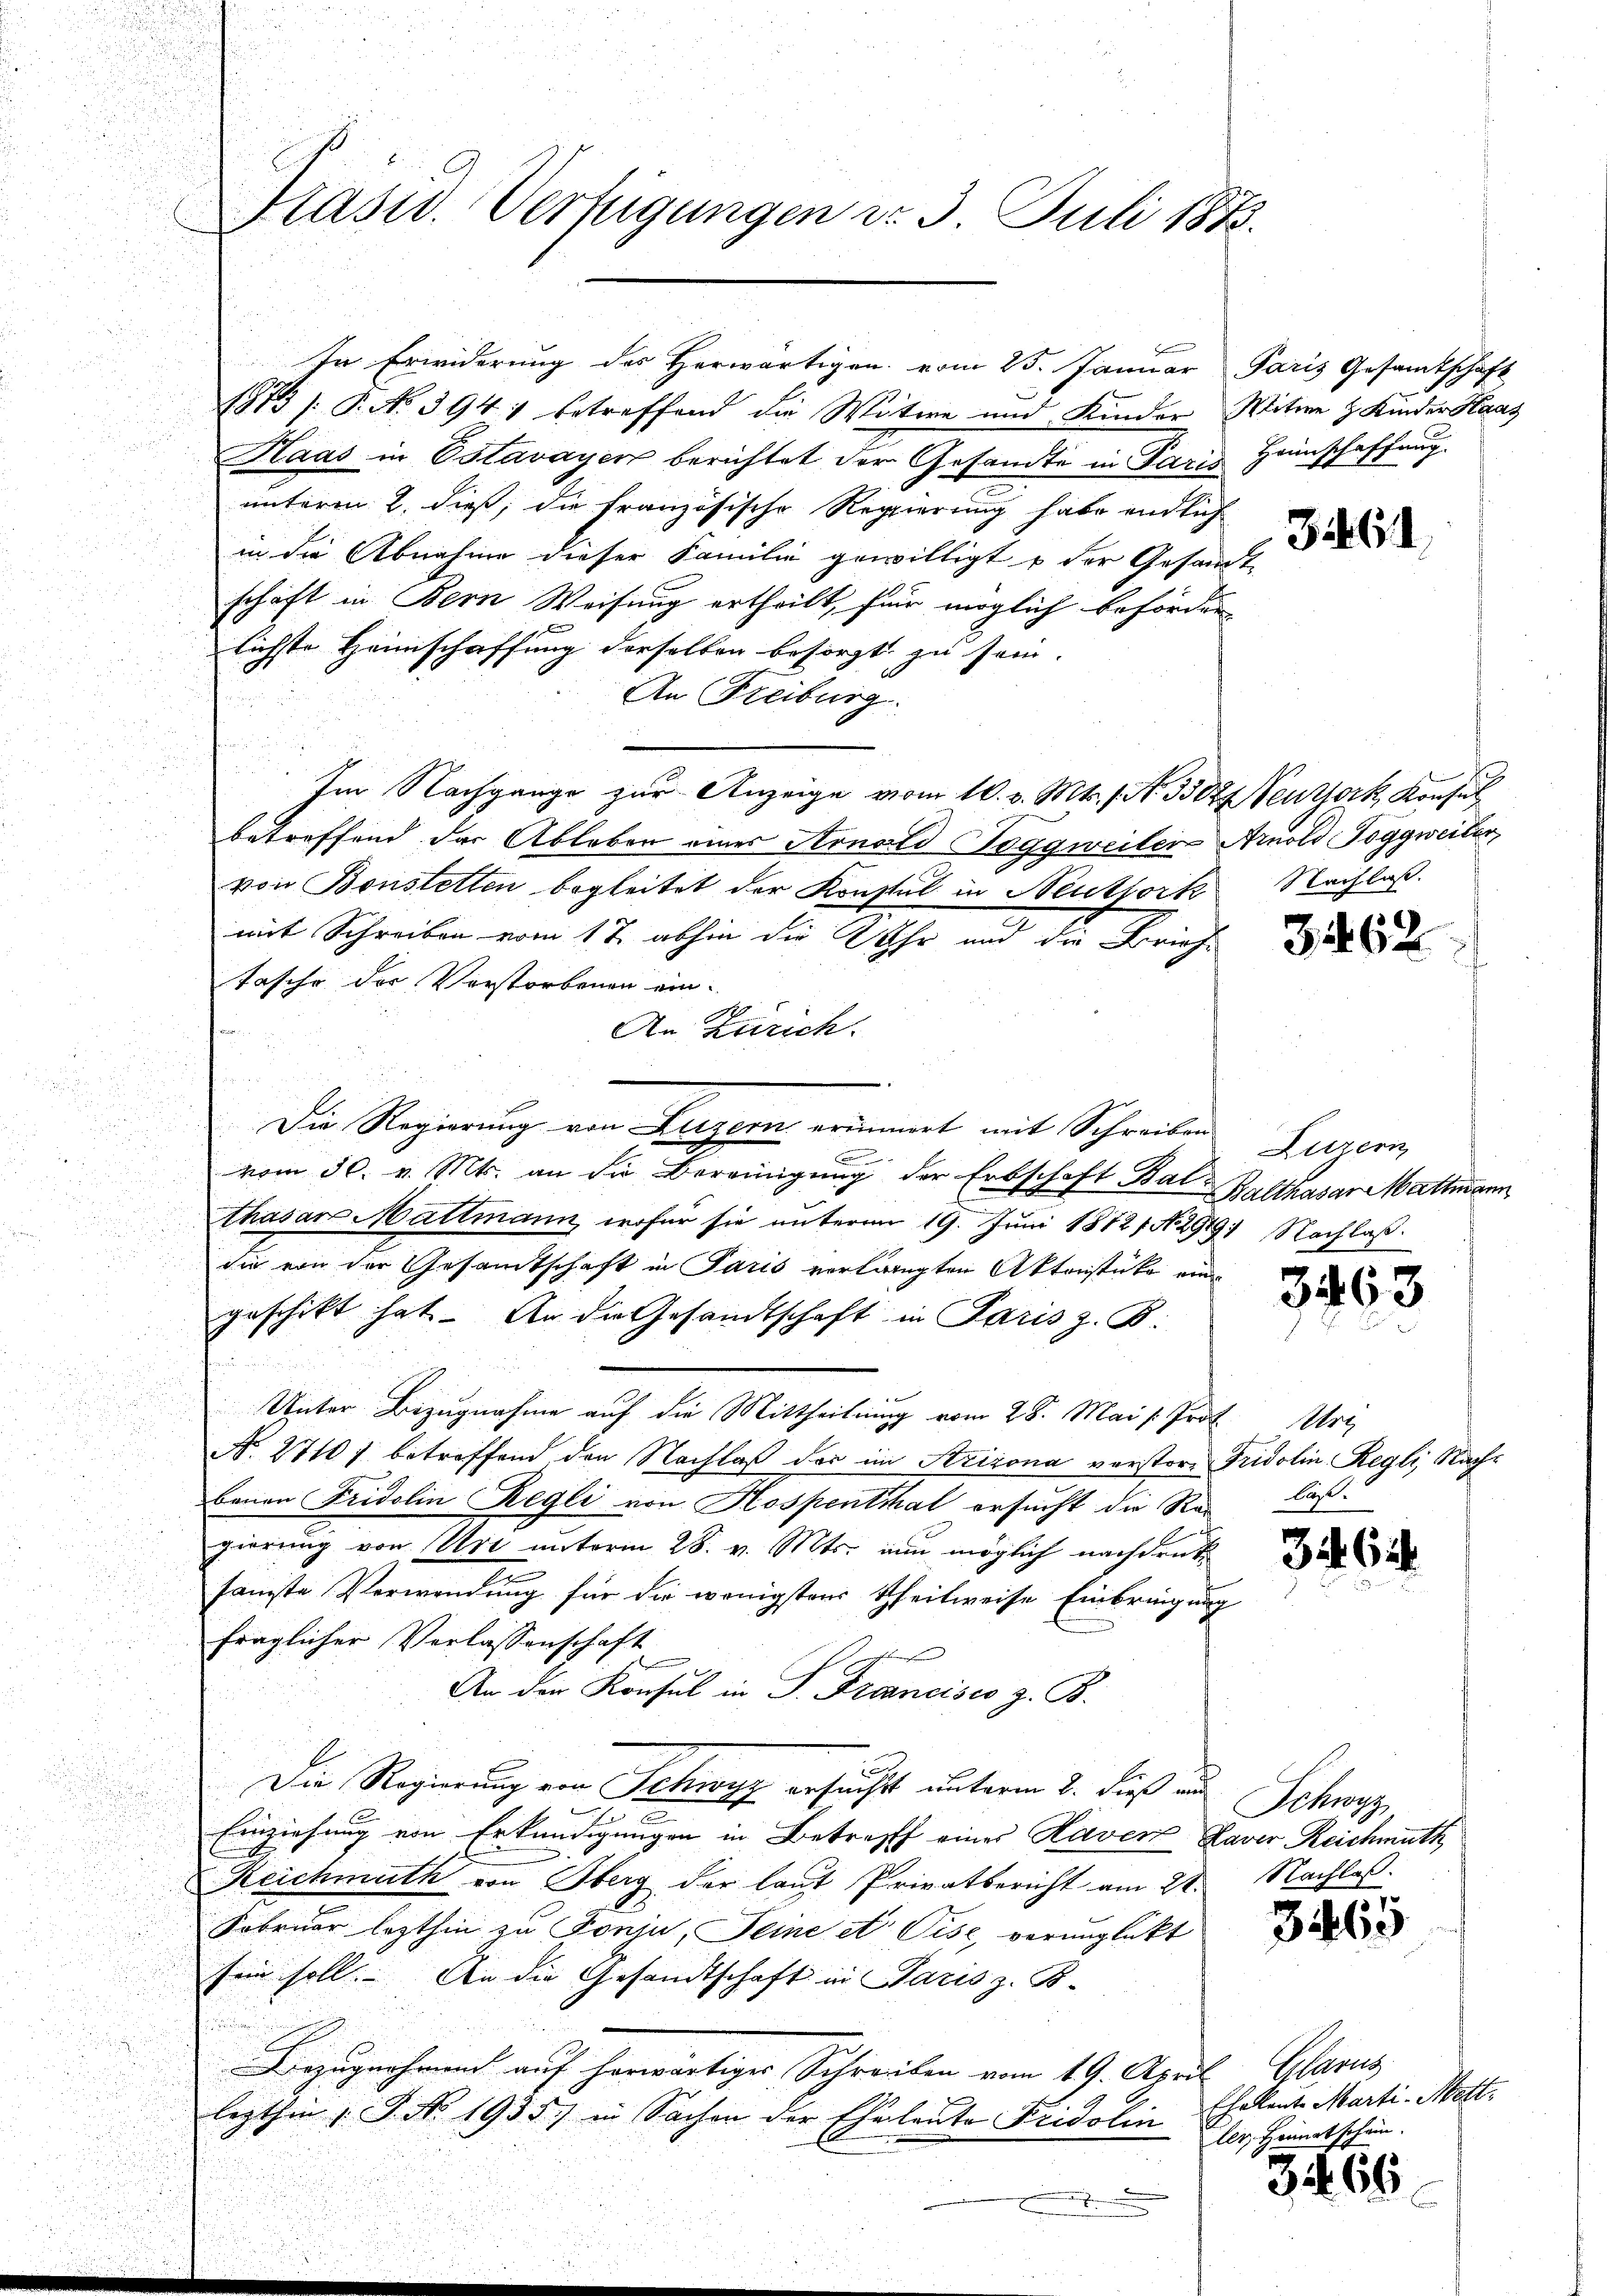
Präsid. Verfügungen d. 3. Juli 1873.

In Erwiderung des Herwärtigen vom 25. Januar Paris Gesamtschaft

1875 /: P. No 3941 betreffend die Witwe und Kinder Witwe z. Kinder Haas
Haas in Estavayer berichtet der Gesandte in Paris
unterm 2. dieß, die französische Regierung habe endlich
in die Abnahme dieser Familie gewilligt u der Gesamm-
schaft in Bern Weisung ertheilt, für möglich beförder
lichste Heimschaffung derselben besorgt zu sein.
An Freiburg.
Im Nachgange zur Anzeige vom 10. v. Mts., No. 53028 Veuzork, Konsul
betreffend der Ableben eines Arnold Toggweiten Arnold Toggweiter
von Bonstetten begleitet der Konstal in Neuttork, Nachlaß
mit Schreiben vom 17. abhin die Uhr und die Briefe
Tasche der Verstorbenen ein.

An Zürich.
u
Die Regierung von Luzern erinnert mit Schreiben
vom 30. v. Mts. an die Bereinigung der Erbschaft Bal Balthasar Mattmann
i
thasar Mattmann, wofür sie unterm 19. Juni 18721 No 29491 Nachlaß¬
u
sie von der Gesandtschaft in Paris verlangten Aktenstüke eingeschickt hat. An die Gesandtschaft in Paris z. B.

i
Unter Bezugnahme auf die Mittheilung vom 28. Mai /: Prot. Uri
N. 2710) betreffend den Nachlaß der im Arizona verstor Fridolin Regli, Nachbauen Fridolin Regli von Hospenthal ersucht die Ren laßgierung von Art unterm 28. v. Mts. nun möglich nachdruksanste Verwendung für die wenigstens Theilweise Einbringung
fraglicher Verlassenschaft
An der Konsul in P. Francises z. B.
Die Regierung von Schwyz ersucht unterm 2. dieß aus Schwyz
u
Einziehung von Erkundigungen in Betreff einer Haver Xaver Reichmuth
Reichmuth von Herg der laut Privatbericht am 21. Nachlas
Fobruar lezthin zu Ponja, Deine et Pise, verunglückt
sein soll. An die Gesandtschaft in Paris z. B.
Bezugerhaunt auf herwärtiger Schreiben vom 19. April, Glarus,
lezthin 1 S. Nr. 1935.) in Sachen der Eheleute Fridolin

Haunschaffung.

31461

3462

Luzern

3463

344. 64

3465

Challente Marti-Mettler, Heimatschein.

34. 66